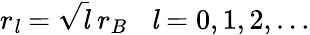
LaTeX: r_{\mathit{l}}={\sqrt{\mathit{l}}}\; r_{B}\; \; \; {\mathit{l}}=0,1,2,\ldots